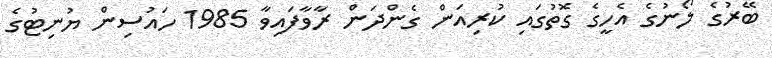
ބޭރުގެ ލޯނުގެ އެހީގެ ގޮތުގައި ކުރިއަން ގެންދަން ރާވާފައިވާ 1985 ހައުސިން ޔުނިޓުގެ